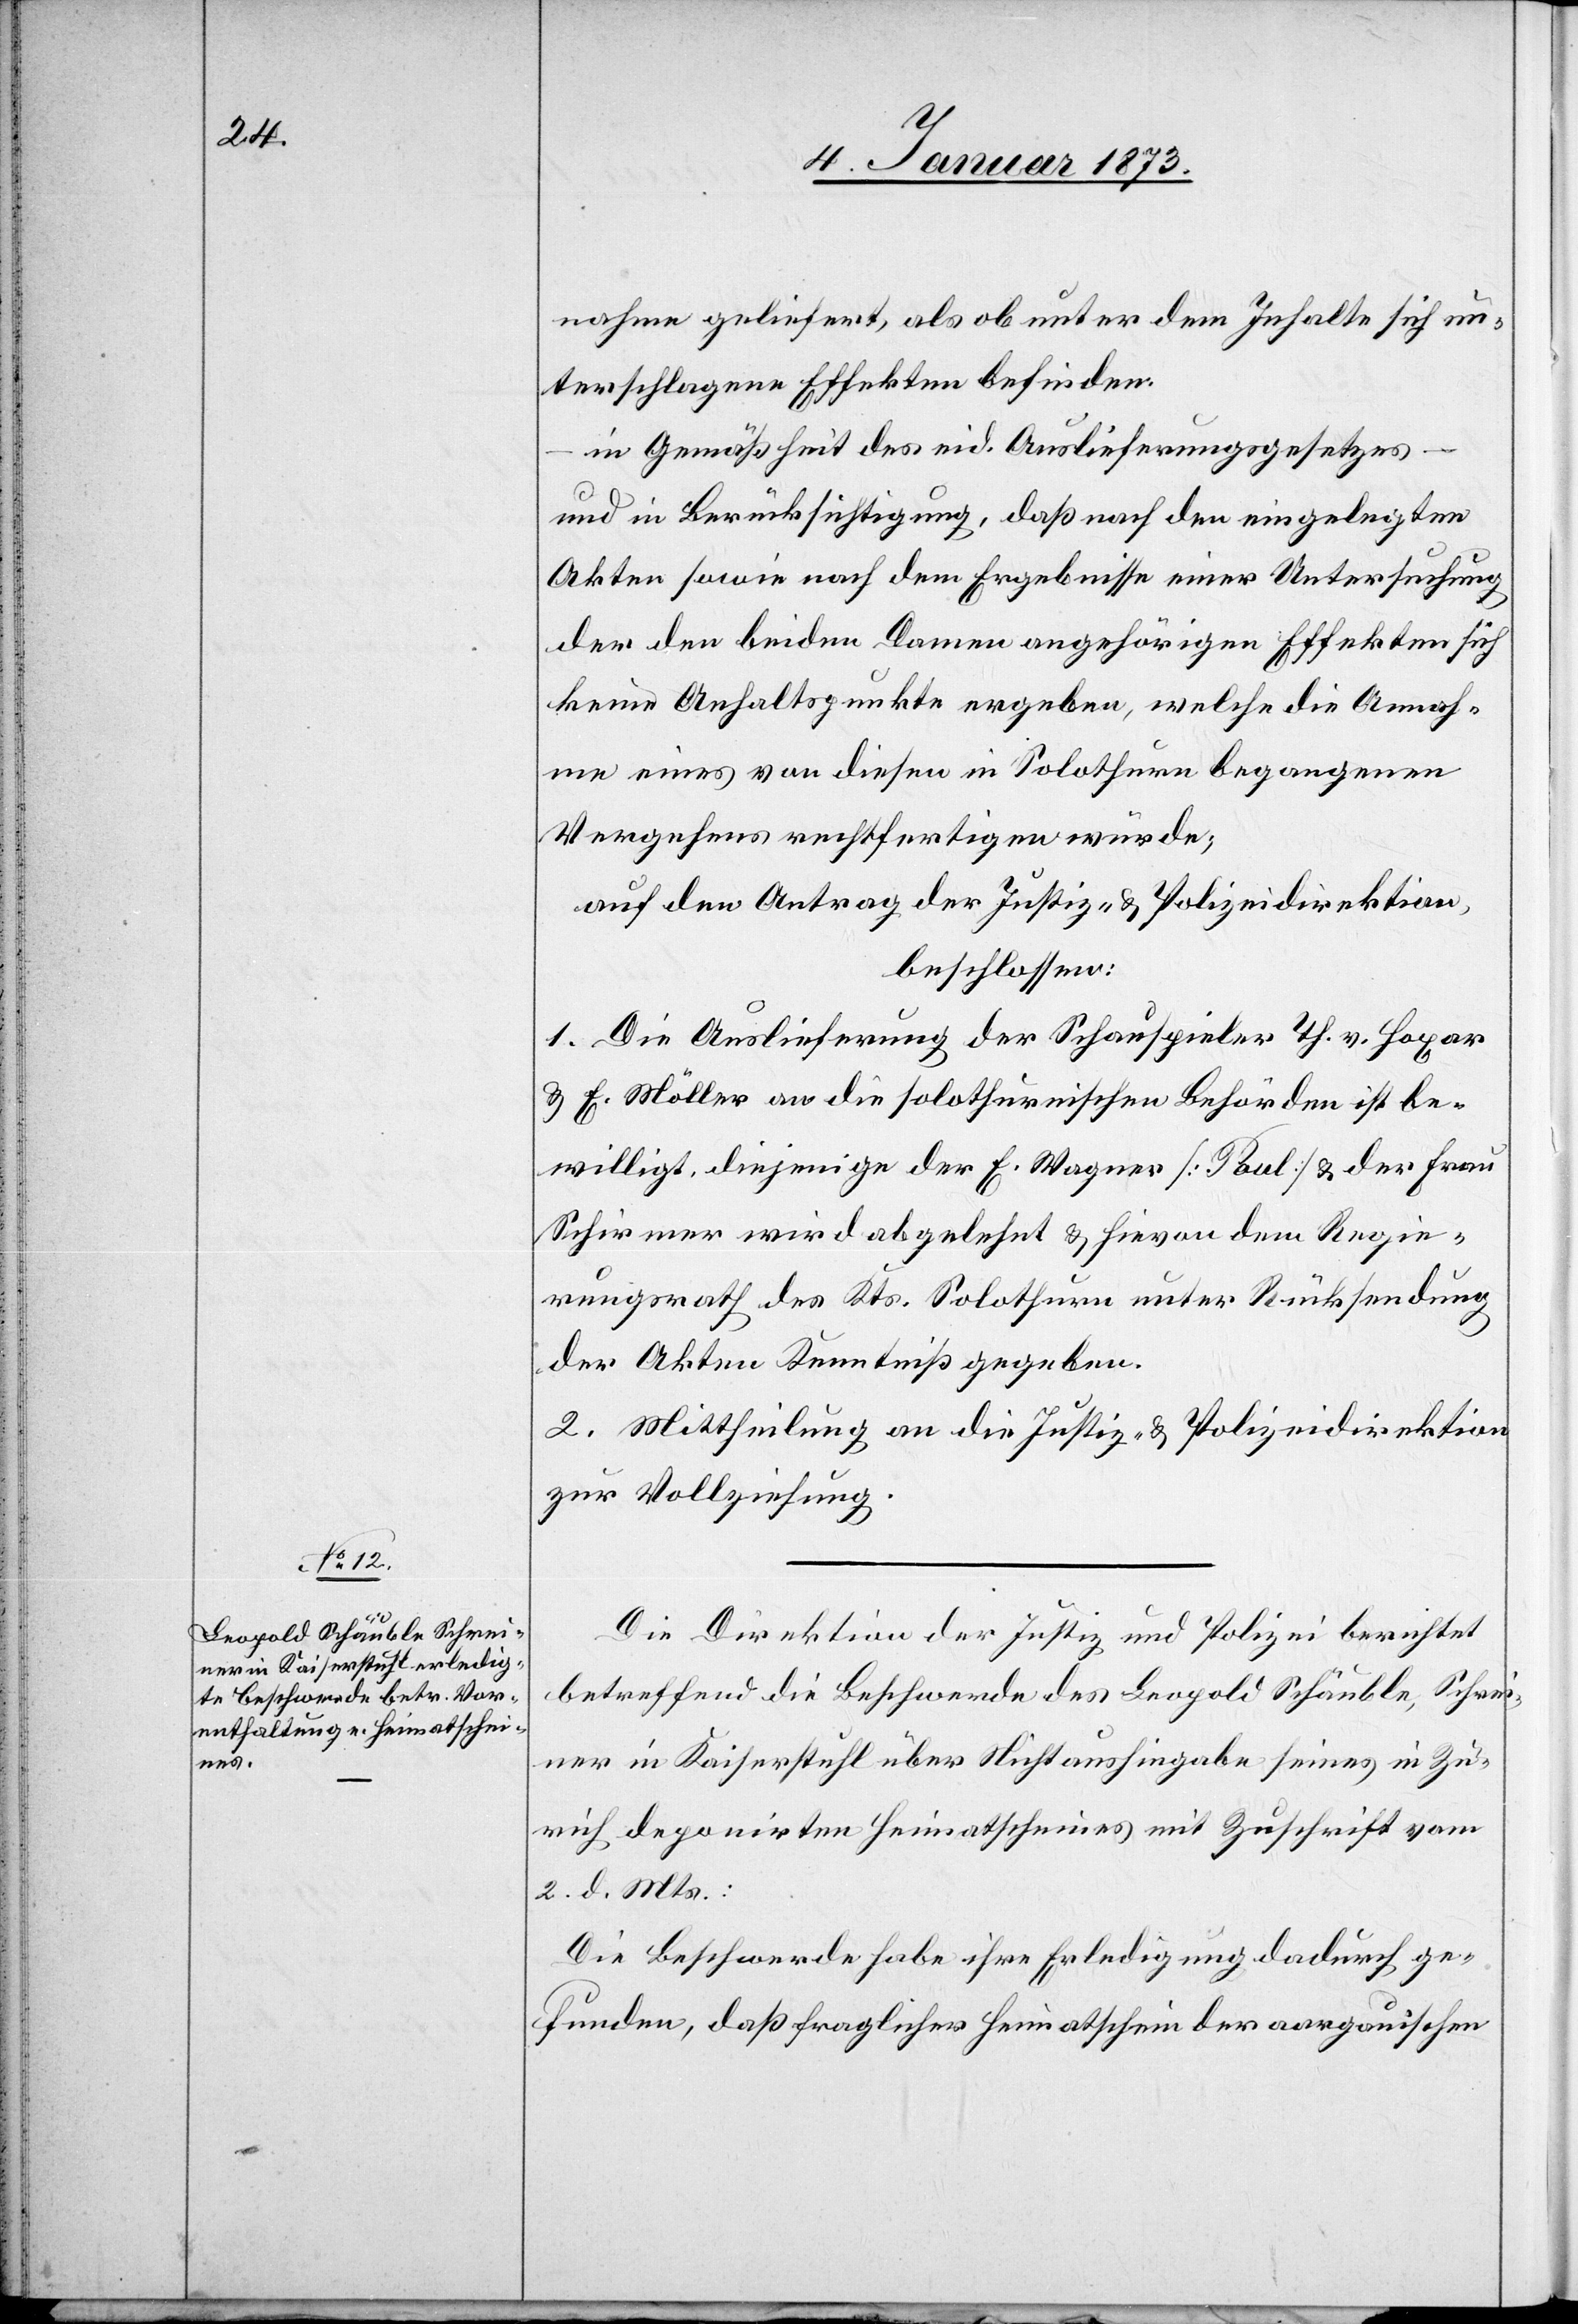
nahme geliefert, als ob unter dem Inhalte sich un¬
terschlagene Effekten befinden.
in Gemäßheit des eid. Auslieferungsgesetzes –
und in Berücksichtigung, daß nach den eingelegten
Akten sowie nach dem Ergebnisse einer Untersuchung
der den beiden Damen angehörigen Effekten sich
keine Anhaltspunkte ergeben, welche die Annah¬
me eines von diesen in Solothurn begangenen
Vergehens rechtfertigen würde;
auf den Antrag der Justiz- & Polizeidirektion,
beschlossen:
1. Die Auslieferung der Schauspieler Th. v. Hoxar
& E. Möller an die solothurnischen Behörden ist be¬
willigt, diejenige der E. Wagner [?Paul] & der Frau
Schirmer wird abgelehnt & hieran dem Regie¬
rungsrath des Kts. Solothurn unter Rücksendung
der Akten Kenntniß gegeben.
2. Mittheilung an die Justiz- & Polizeidirektion
zur Vollziehung.
Die Direktion der Justiz und Polizei berichtet
betreffend die Beschwerde des Leopold Schäuble, Schrei¬
ner in Kaiserstuhl über Nichtaushingabe seines in Zü¬
rich deponirten Heimatscheines mit Zuschrift vom
2. d. Mts.:
die Beschwerde habe ihre Erledigung dadurch ge¬
funden, daß fraglicher Heimatschein der aargauischen